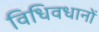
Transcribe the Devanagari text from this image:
विधिवधानों